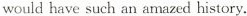
would have such an amazed history.